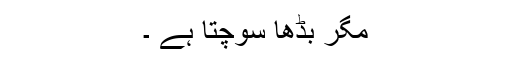
مگر بڈھا سوچتا ہے ۔